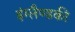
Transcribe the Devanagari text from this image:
इंग्लैण्डकी